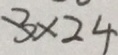
3 \times 2 4